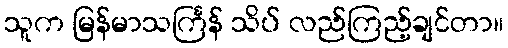
သူက မြန်မာသင်္ကြန် သိပ် လည်ကြည့်ချင်တာ။